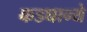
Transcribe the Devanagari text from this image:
कडघान्ये